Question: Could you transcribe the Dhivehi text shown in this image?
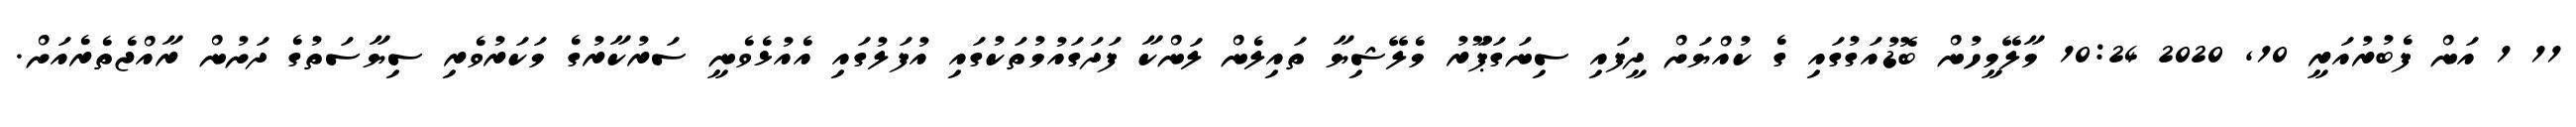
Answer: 11 1 އަން ފެބުރުއަރީ 10, 2020 10:24 މާލޭމީހުން ބޮޑުއަގުގައި ގެ ކުއްޔަށް ދީފައި ސިނަގަޕަޫރު މެލޭޝިޔާ ތައިލެން ލަންކާ ފަދަގައުމުތަކުގައި އުފަލުގައި އެއުޅެވެނީ ސަރުކާރުގެ މަކަރުވެރި ސިޔާސަތުގެ ދަށުން ރާއްޖެތެރެއަށް.